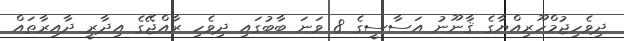
ދިވެހިޖުމްހޫރިއްޔާގެ ޤާނޫނު އަސާސީގެ 8 ވަނަ ބާބުގައި ދިވެހި ރާއްޖޭގެ އިދާރީ ދާއިރާތައް